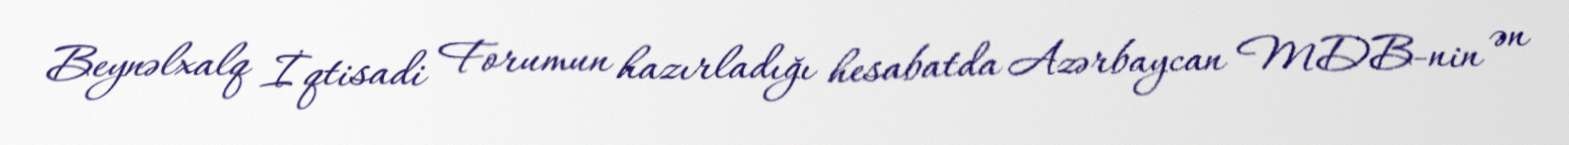
Beynəlxalq İqtisadi Forumun hazırladığı hesabatda Azərbaycan MDB-nin ən